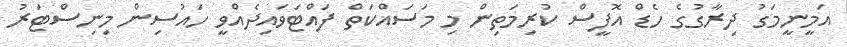
އަމީނީމަގު ދިރާގުގެ ހެޑް އޮފީސް ކުރިމަތިން މި މަސައްކަތް ފައްޓަވައިދެއްވީ ހައުސިން މިނިސްޓަރު